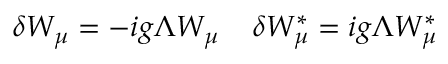
\delta W _ { \mu } = - i g \Lambda W _ { \mu } \; \; \; \; \delta W _ { \mu } ^ { \ast } = i g \Lambda W _ { \mu } ^ { \ast }